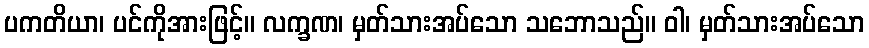
ပကတိယာ၊ ပင်ကိုအားဖြင့်။ လက္ခဏ၊ မှတ်သားအပ်သော သဘောသည်။ ဝါ၊ မှတ်သားအပ်သော